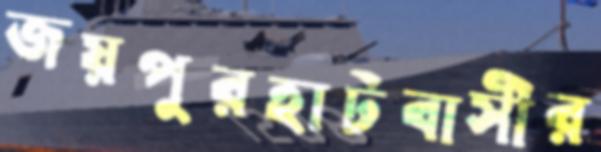
জয়পুরহাটবাসীর